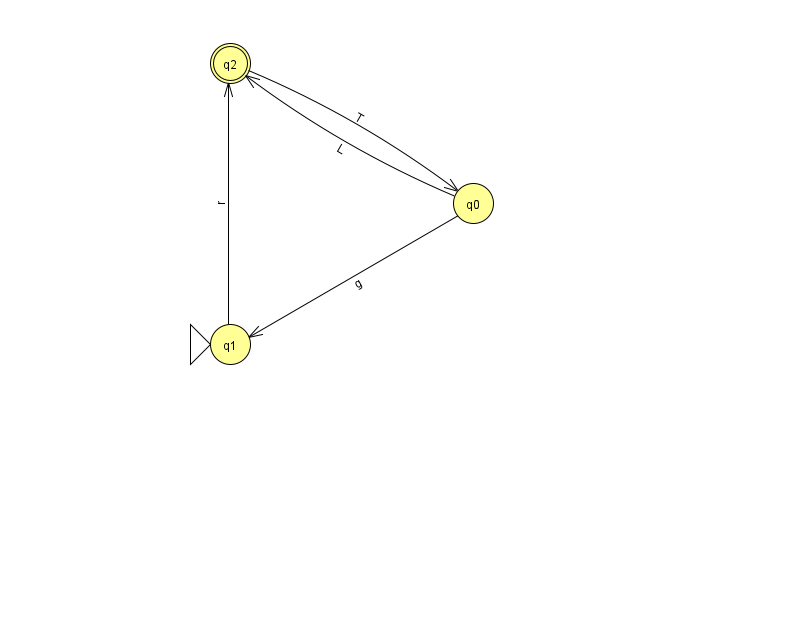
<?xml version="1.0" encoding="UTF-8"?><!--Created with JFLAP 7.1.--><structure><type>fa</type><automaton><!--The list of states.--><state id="0" name="q0"><x>473.0</x><y>190.0</y></state><state id="1" name="q1"><x>230.0</x><y>331.0</y><initial/></state><state id="2" name="q2"><x>230.0</x><y>50.0</y><final/></state><!--The list of transitions.--><transition><from>0</from><to>1</to><read>g</read></transition><transition><from>0</from><to>2</to><read>L</read></transition><transition><from>1</from><to>2</to><read>r</read></transition><transition><from>2</from><to>0</to><read>T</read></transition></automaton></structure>